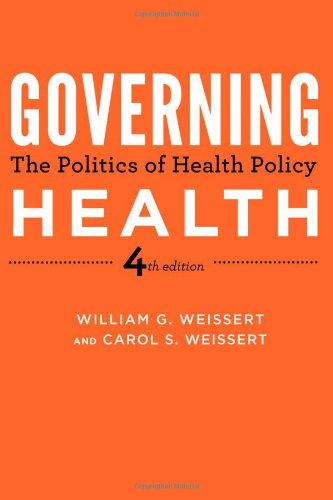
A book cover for Governing Health: The Politics of Health Policy; William G. Weissert; Medical Books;